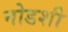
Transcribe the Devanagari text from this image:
नोडशी